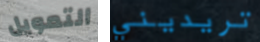
التمويل تريديني